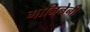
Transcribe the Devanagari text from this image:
गोजिनेनी